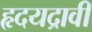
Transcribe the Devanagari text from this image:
हृदयद्रावी